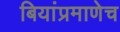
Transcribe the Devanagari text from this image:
बियांप्रमाणेच